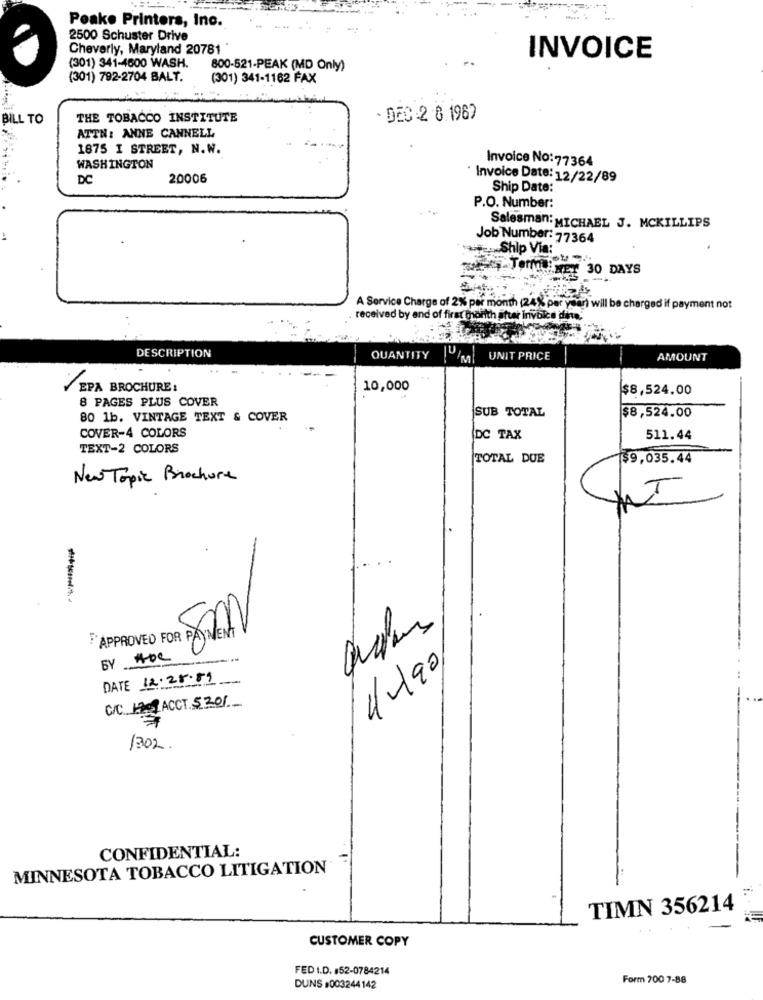
Peake Printers, Inc.
2500 Schuster Drive
Cheverly, Maryland 20781 "
INVOICE
(301) 341-4600 WASH.
800-521-PEAK (MD Only)
(301) 792-2704 BALT.
(301) 341-1162 FAX
BILL TO
THE TOBACCO INSTITUTE
- DEC -2 8.1967
ATTN: ANNE CANNELL
1875 I STREET, N.W.
Invoice No:77364
WASHINGTON
DC
20006
· Invoice Date: 12/22/89
Ship Date:
P.O. Number:
Salesman: MICHAEL J. MCKILLIPS
Job Number: 77364
Ship Via:
JOIN HET 30 DAYS
A Service Charge of 2% per month (24% per year) will be charged if payment not
received by end of first morith attar invoice dina,
DESCRIPTION
QUANTITY
JU IMUNIT PRICE
AMOUNT
EPA BROCHURE:
10,000
$8,524.00
8 PAGES PLUS COVER
SUB TOTAL
$8,524.00
80 1b. VINTAGE TEXT & COVER
COVER-4 COLORS
DC TAX
511.44
TEXT-2 COLORS
TOTAL DUE
$9,035.44
New Topic Brochure
APPROVED FOR PAYMENT
BY Hoe
1190
DATE 12.28.89
-
C/C ACCT 5201
1302.
CONFIDENTIAL:
MINNESOTA TOBACCO LITIGATION
TIMN 356214
CUSTOMER COPY
FED I.D. #52-0784214
Form 700 7-88
DUNS #003244142